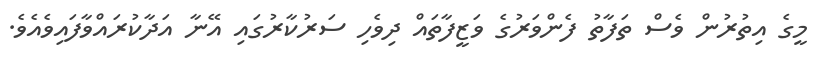
މީގެ އިތުރުން ވެސް ތަފާތު ފެންވަރުގެ ވަޒީފާތައް ދިވެހި ސަރުކާރުގައި އޭނާ އަދާކުރައްވާފައިވެއެވެ.